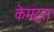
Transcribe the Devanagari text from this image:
केमटुरा